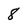
Character: 8